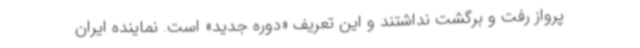
پرواز رفت و برگشت نداشتند و این تعریف «دوره جدید» است. نماینده ایران